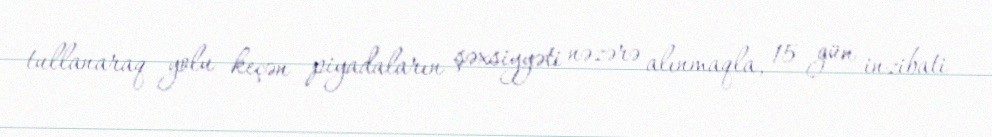
tullanaraq yolu keçən piyadaların şəxsiyyəti nəzərə alınmaqla, 15 gün inzibati